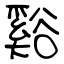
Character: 谿